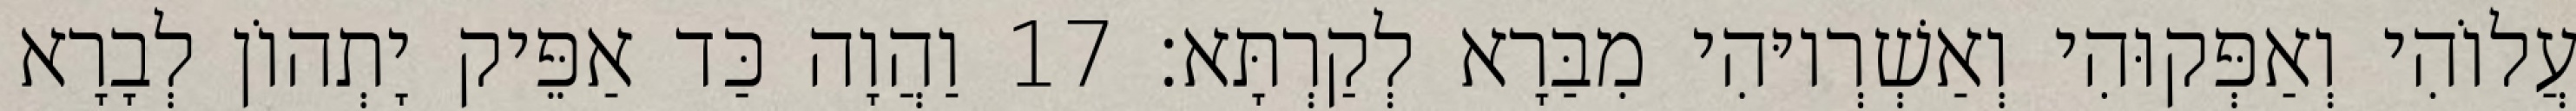
עֲלוֹהִי וְאַפְּקוּהִי וְאַשְׁרְיוּהִי מִבַּרָא לְקַרְתָּא׃ 17 וַהֲוָה כַּד אַפֵּיק יָתְהוֹן לְבָרָא